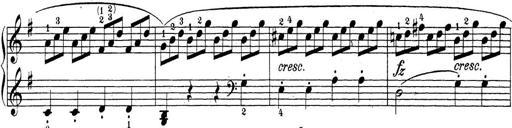
Title: Sonatina Album
Composer: Louis KÃ¶hler